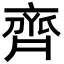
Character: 齊